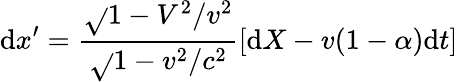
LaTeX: \mathrm{d}x^{\prime}=\frac{{\sqrt{}{{1-V^{2}/v^{2}}}}}{{\sqrt{}{{1-v^{2}/c^{2}}}}}[\mathrm{d}X-v(1-\alpha)\mathrm{d}t]